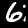
Digit: 6